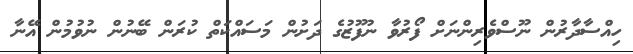
ހިއްސާދާރުން ނޫސްވެރިންނަށް ފޯރުވާ ނުފޫޒުގެ ދަށުން މަސައްކަތް ކުރަން ބޭނުން ނުވުމުން އޭނާ